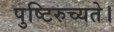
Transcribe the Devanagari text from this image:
पुष्टिरुच्यते।